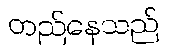
တည်နေသည်